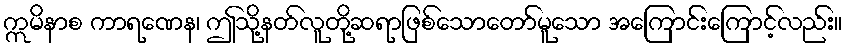
ဣမိနာစ ကာရဏေန၊ ဤသို့နတ်လူတို့ဆရာဖြစ်သောတော်မူသော အကြောင်းကြောင့်လည်း။